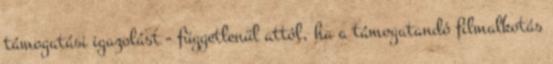
támogatási igazolást - függetlenül attól, ha a támogatandó filmalkotás